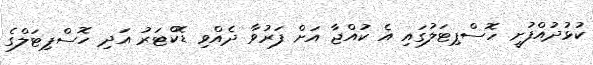
ކުޅުދުއްފުށީ ހޮސްޕިޓަލުގައި އެ ކުއްޖާ އަށް ފަރުވާ ދެއްވި ޑޮކްޓަރު އަދި ހޮސްޕިޓަލްގެ